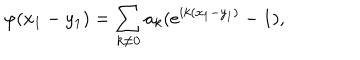
\varphi ( x _ { 1 } - y _ { 1 } ) = \sum _ { k \neq 0 } a _ { k } ( e ^ { i k ( x _ { 1 } - y _ { 1 } ) } - 1 ) ,